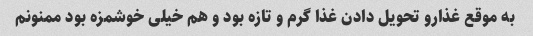
به موقع غذارو تحویل دادن غذا گرم و تازه بود و هم خیلی خوشمزه بود ممنونم